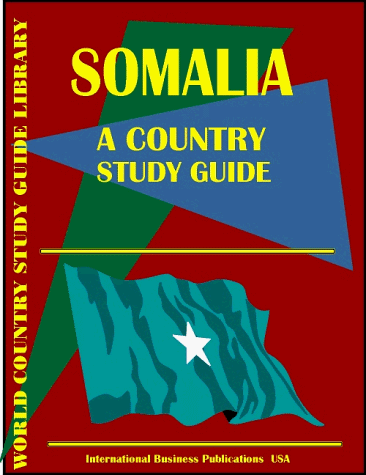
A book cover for Somalia Country Study Guide (World Country Study Guide; Ibp Usa; Travel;